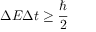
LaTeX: \Delta E \Delta t \geq { \frac { \hbar } { 2 } }